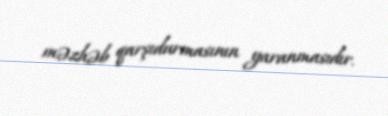
məzhəb qarşıdurmasının yaranmasıdır.